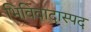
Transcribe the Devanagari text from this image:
भिविवादास्पद